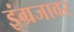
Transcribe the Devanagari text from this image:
इंग्रजावर